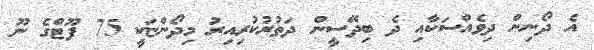
އެ ދޯނިން ދިވެއްސަކާއި ދެ ބިދޭސީން ދަތުރުކުރިއިރު މިދޯންޏަކީ 75 ފޫޓްގެ ނޫ